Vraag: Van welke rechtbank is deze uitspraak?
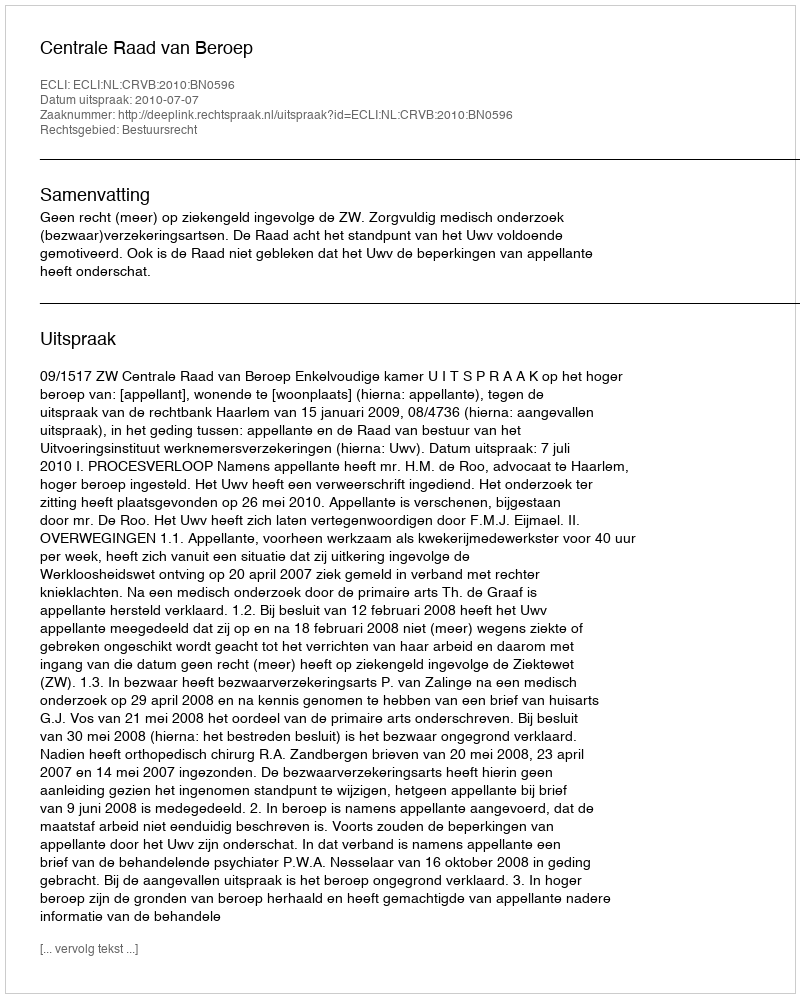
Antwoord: Centrale Raad van Beroep